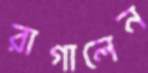
রাগালেন